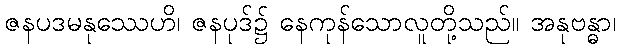
ဇနပဒမနုဿေဟိ၊ ဇနပုဒ်၌ နေကုန်သောလူတို့သည်။ အနုဗန္ဓာ၊